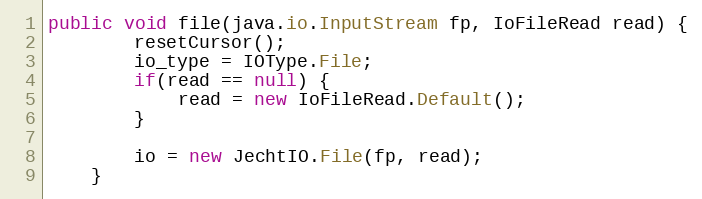
Language: Java
public void file(java.io.InputStream fp, IoFileRead read) {
        resetCursor();
        io_type = IOType.File;
        if(read == null) {
            read = new IoFileRead.Default();
        }

        io = new JechtIO.File(fp, read);
    }